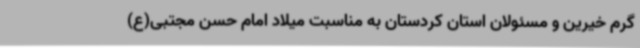
گرم خیرین و مسئولان استان کردستان به مناسبت میلاد امام حسن مجتبی(ع)